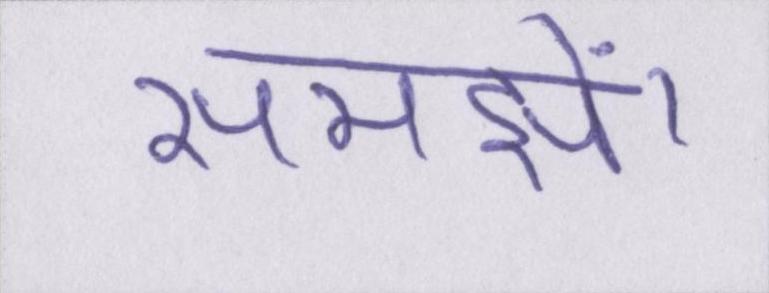
समझें।